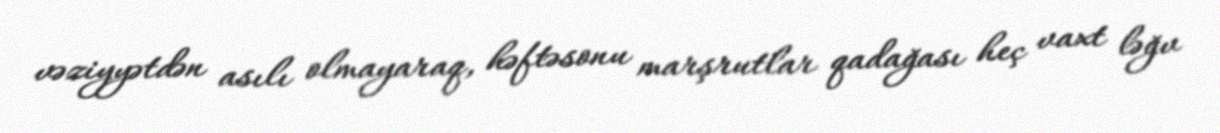
vəziyyətdən asılı olmayaraq, həftəsonu marşrutlar qadağası heç vaxt ləğv